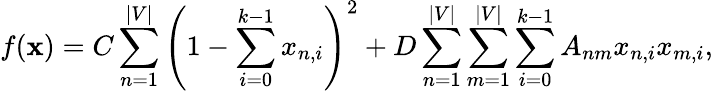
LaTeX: f(\mathbf{x})=C\sum_{n=1}^{|V|}\left(1-\sum_{i=0}^{k-1}x_{n,i}\right)^{2}+D\sum_{n=1}^{|V|}\sum_{m=1}^{|V|}\sum_{i=0}^{k-1}A_{nm}x_{n,i}x_{m,i},